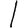
Digit: 1